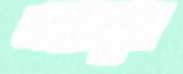
এন্তাজুল